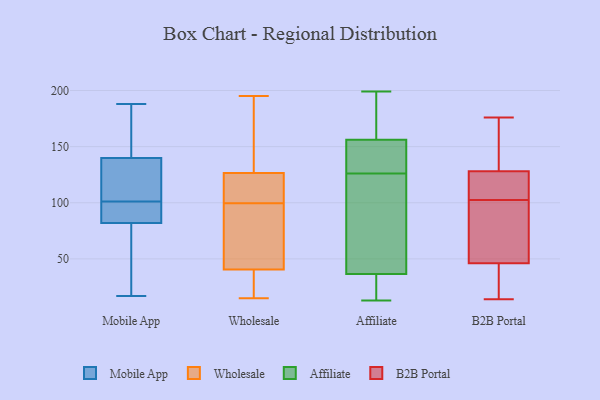
{"axis": {"x": "Humidity (%)", "y": "Value"}, "legend": ["Affiliate", "B2B Portal", "Mobile App", "Wholesale"], "data": [{"x": "", "y": 17, "type": "Mobile App"}, {"x": "", "y": 81, "type": "Mobile App"}, {"x": "", "y": 101, "type": "Mobile App"}, {"x": "", "y": 144, "type": "Mobile App"}, {"x": "", "y": 98, "type": "Mobile App"}, {"x": "", "y": 187, "type": "Mobile App"}, {"x": "", "y": 188, "type": "Mobile App"}, {"x": "", "y": 85, "type": "Mobile App"}, {"x": "", "y": 127, "type": "Mobile App"}, {"x": "", "y": 104, "type": "Mobile App"}, {"x": "", "y": 57, "type": "Mobile App"}, {"x": "", "y": 100, "type": "Wholesale"}, {"x": "", "y": 36, "type": "Wholesale"}, {"x": "", "y": 169, "type": "Wholesale"}, {"x": "", "y": 125, "type": "Wholesale"}, {"x": "", "y": 195, "type": "Wholesale"}, {"x": "", "y": 181, "type": "Wholesale"}, {"x": "", "y": 110, "type": "Wholesale"}, {"x": "", "y": 45, "type": "Wholesale"}, {"x": "", "y": 57, "type": "Wholesale"}, {"x": "", "y": 31, "type": "Wholesale"}, {"x": "", "y": 79, "type": "Wholesale"}, {"x": "", "y": 78, "type": "Wholesale"}, {"x": "", "y": 15, "type": "Wholesale"}, {"x": "", "y": 17, "type": "Wholesale"}, {"x": "", "y": 20, "type": "Wholesale"}, {"x": "", "y": 119, "type": "Wholesale"}, {"x": "", "y": 128, "type": "Wholesale"}, {"x": "", "y": 99, "type": "Wholesale"}, {"x": "", "y": 104, "type": "Wholesale"}, {"x": "", "y": 184, "type": "Wholesale"}, {"x": "", "y": 32, "type": "Affiliate"}, {"x": "", "y": 148, "type": "Affiliate"}, {"x": "", "y": 158, "type": "Affiliate"}, {"x": "", "y": 178, "type": "Affiliate"}, {"x": "", "y": 29, "type": "Affiliate"}, {"x": "", "y": 194, "type": "Affiliate"}, {"x": "", "y": 154, "type": "Affiliate"}, {"x": "", "y": 29, "type": "Affiliate"}, {"x": "", "y": 129, "type": "Affiliate"}, {"x": "", "y": 30, "type": "Affiliate"}, {"x": "", "y": 81, "type": "Affiliate"}, {"x": "", "y": 138, "type": "Affiliate"}, {"x": "", "y": 85, "type": "Affiliate"}, {"x": "", "y": 178, "type": "Affiliate"}, {"x": "", "y": 41, "type": "Affiliate"}, {"x": "", "y": 51, "type": "Affiliate"}, {"x": "", "y": 153, "type": "Affiliate"}, {"x": "", "y": 123, "type": "Affiliate"}, {"x": "", "y": 199, "type": "Affiliate"}, {"x": "", "y": 13, "type": "Affiliate"}, {"x": "", "y": 14, "type": "B2B Portal"}, {"x": "", "y": 68, "type": "B2B Portal"}, {"x": "", "y": 77, "type": "B2B Portal"}, {"x": "", "y": 26, "type": "B2B Portal"}, {"x": "", "y": 92, "type": "B2B Portal"}, {"x": "", "y": 128, "type": "B2B Portal"}, {"x": "", "y": 54, "type": "B2B Portal"}, {"x": "", "y": 176, "type": "B2B Portal"}, {"x": "", "y": 36, "type": "B2B Portal"}, {"x": "", "y": 168, "type": "B2B Portal"}, {"x": "", "y": 137, "type": "B2B Portal"}, {"x": "", "y": 126, "type": "B2B Portal"}, {"x": "", "y": 143, "type": "B2B Portal"}, {"x": "", "y": 46, "type": "B2B Portal"}, {"x": "", "y": 124, "type": "B2B Portal"}, {"x": "", "y": 125, "type": "B2B Portal"}, {"x": "", "y": 113, "type": "B2B Portal"}, {"x": "", "y": 24, "type": "B2B Portal"}]}